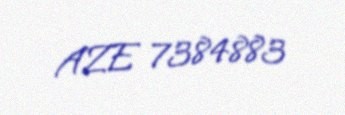
AZE 7384883